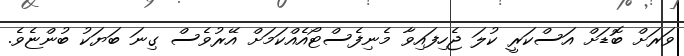
ވަރަށް ބޮޑަށް އަސްކަރީ ކުލަ ޖެހިފައިވާ މެނިފެސްޓޯއެއްކަމަށް އޭރުވެސް ގިނަ ބަޔަކު ބުންޏެވެ.